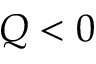
Q < 0